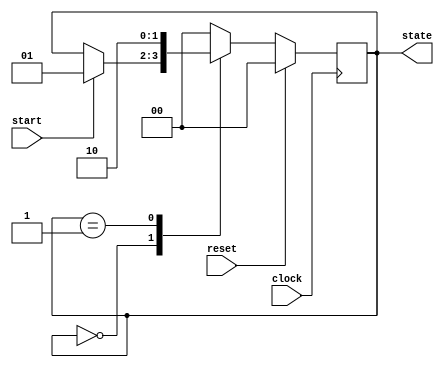
module fsm_example (
    input wire clock,          // Clock input
    input wire reset,          // Synchronous reset input
    input wire start,          // Input signal to start the FSM
    output reg [1:0] state     // Output state
);

    // State encoding
    localparam IDLE    = 2'b00;
    localparam STATE1  = 2'b01;
    localparam STATE2  = 2'b10;

    // Sequential logic block sensitive to the rising edge of the clock
    always @(posedge clock) begin
        if (reset) begin
            // Synchronous reset to IDLE state
            state <= IDLE;
        end else begin
            // State transition logic
            case (state)
                IDLE: begin
                    if (start) begin
                        state <= STATE1; // Transition to STATE1 on start signal
                    end
                end
                STATE1: begin
                    // Example condition to transition to STATE2
                    state <= STATE2; // Transition to STATE2
                end
                STATE2: begin
                    // Example condition to return to IDLE
                    state <= IDLE; // Transition back to IDLE
                end
                default: state <= IDLE; // Default case to avoid latches
            endcase
        end
    end

endmodule